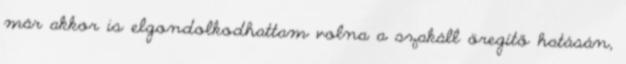
már akkor is elgondolkodhattam volna a szakáll öregítő hatásán,